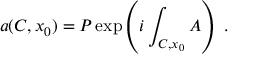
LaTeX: a ( C , x _ { 0 } ) = P \exp \left( i \int _ { C , x _ { 0 } } A \right) ~ .